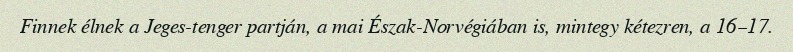
Finnek élnek a Jeges-tenger partján, a mai Észak-Norvégiában is, mintegy kétezren, a 16–17.